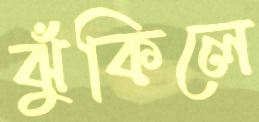
ঝুঁকিলে